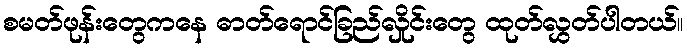
စမတ်ဖုန်းတွေကနေ ဓာတ်ရောင်ခြည်လှိုင်းတွေ ထုတ်လွှတ်ပါတယ်။